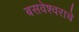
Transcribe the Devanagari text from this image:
बसवेश्वराचे